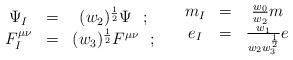
LaTeX: \begin{align*} \begin{array}{ccc} \Psi_I &=&(w_2)^{\frac{1}{2}}\Psi~~;\\ F^{\mu\nu}_I &=&(w_3)^{\frac{1}{2}} F^{\mu\nu}~~; \end {array} \quad \begin{array}{ccc} m_I&=&\frac{w_0}{w_2}m \\ e_I &=& \frac{w_1}{w_2w^{\frac{1}{2}}_3} e \end{array}\end{align*}